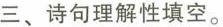
三、诗句理解性填空。